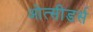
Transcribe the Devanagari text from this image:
ओत्सीडर्स